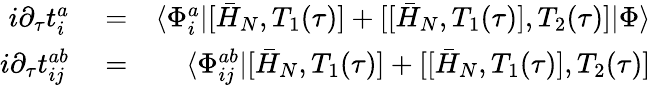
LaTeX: \begin{array}{rlr}{i\partial_{\tau}t_{i}^{a}}&{{}=}&{\langle\Phi_{i}^{a}|[\bar{H}_{N},T_{1}(\tau)]+[[\bar{H}_{N},T_{1}(\tau)],T_{2}(\tau)]|\Phi\rangle}\\ {i\partial_{\tau}t_{ij}^{ab}}&{{}=}&{\langle\Phi_{ij}^{ab}|[\bar{H}_{N},T_{1}(\tau)]+[[\bar{H}_{N},T_{1}(\tau)],T_{2}(\tau)]}\end{array}